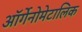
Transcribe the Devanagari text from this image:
ऑर्गेनोमेटालिक